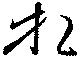
相